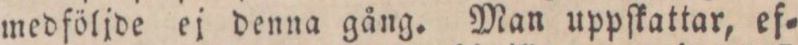
medföljde ej denna gång. Man uppſkattar, ef=